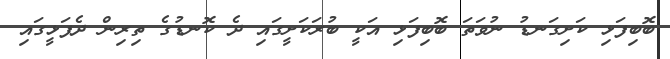
ބޮބިފަޅި ކަށިގަނޑު ނުވަތަ ބޮބިފަޅި އަކީ ބުރަކަށީގައި ދެ ކޮނޑުގެ ތިރިން ދެފަޅީގައި